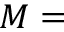
M =